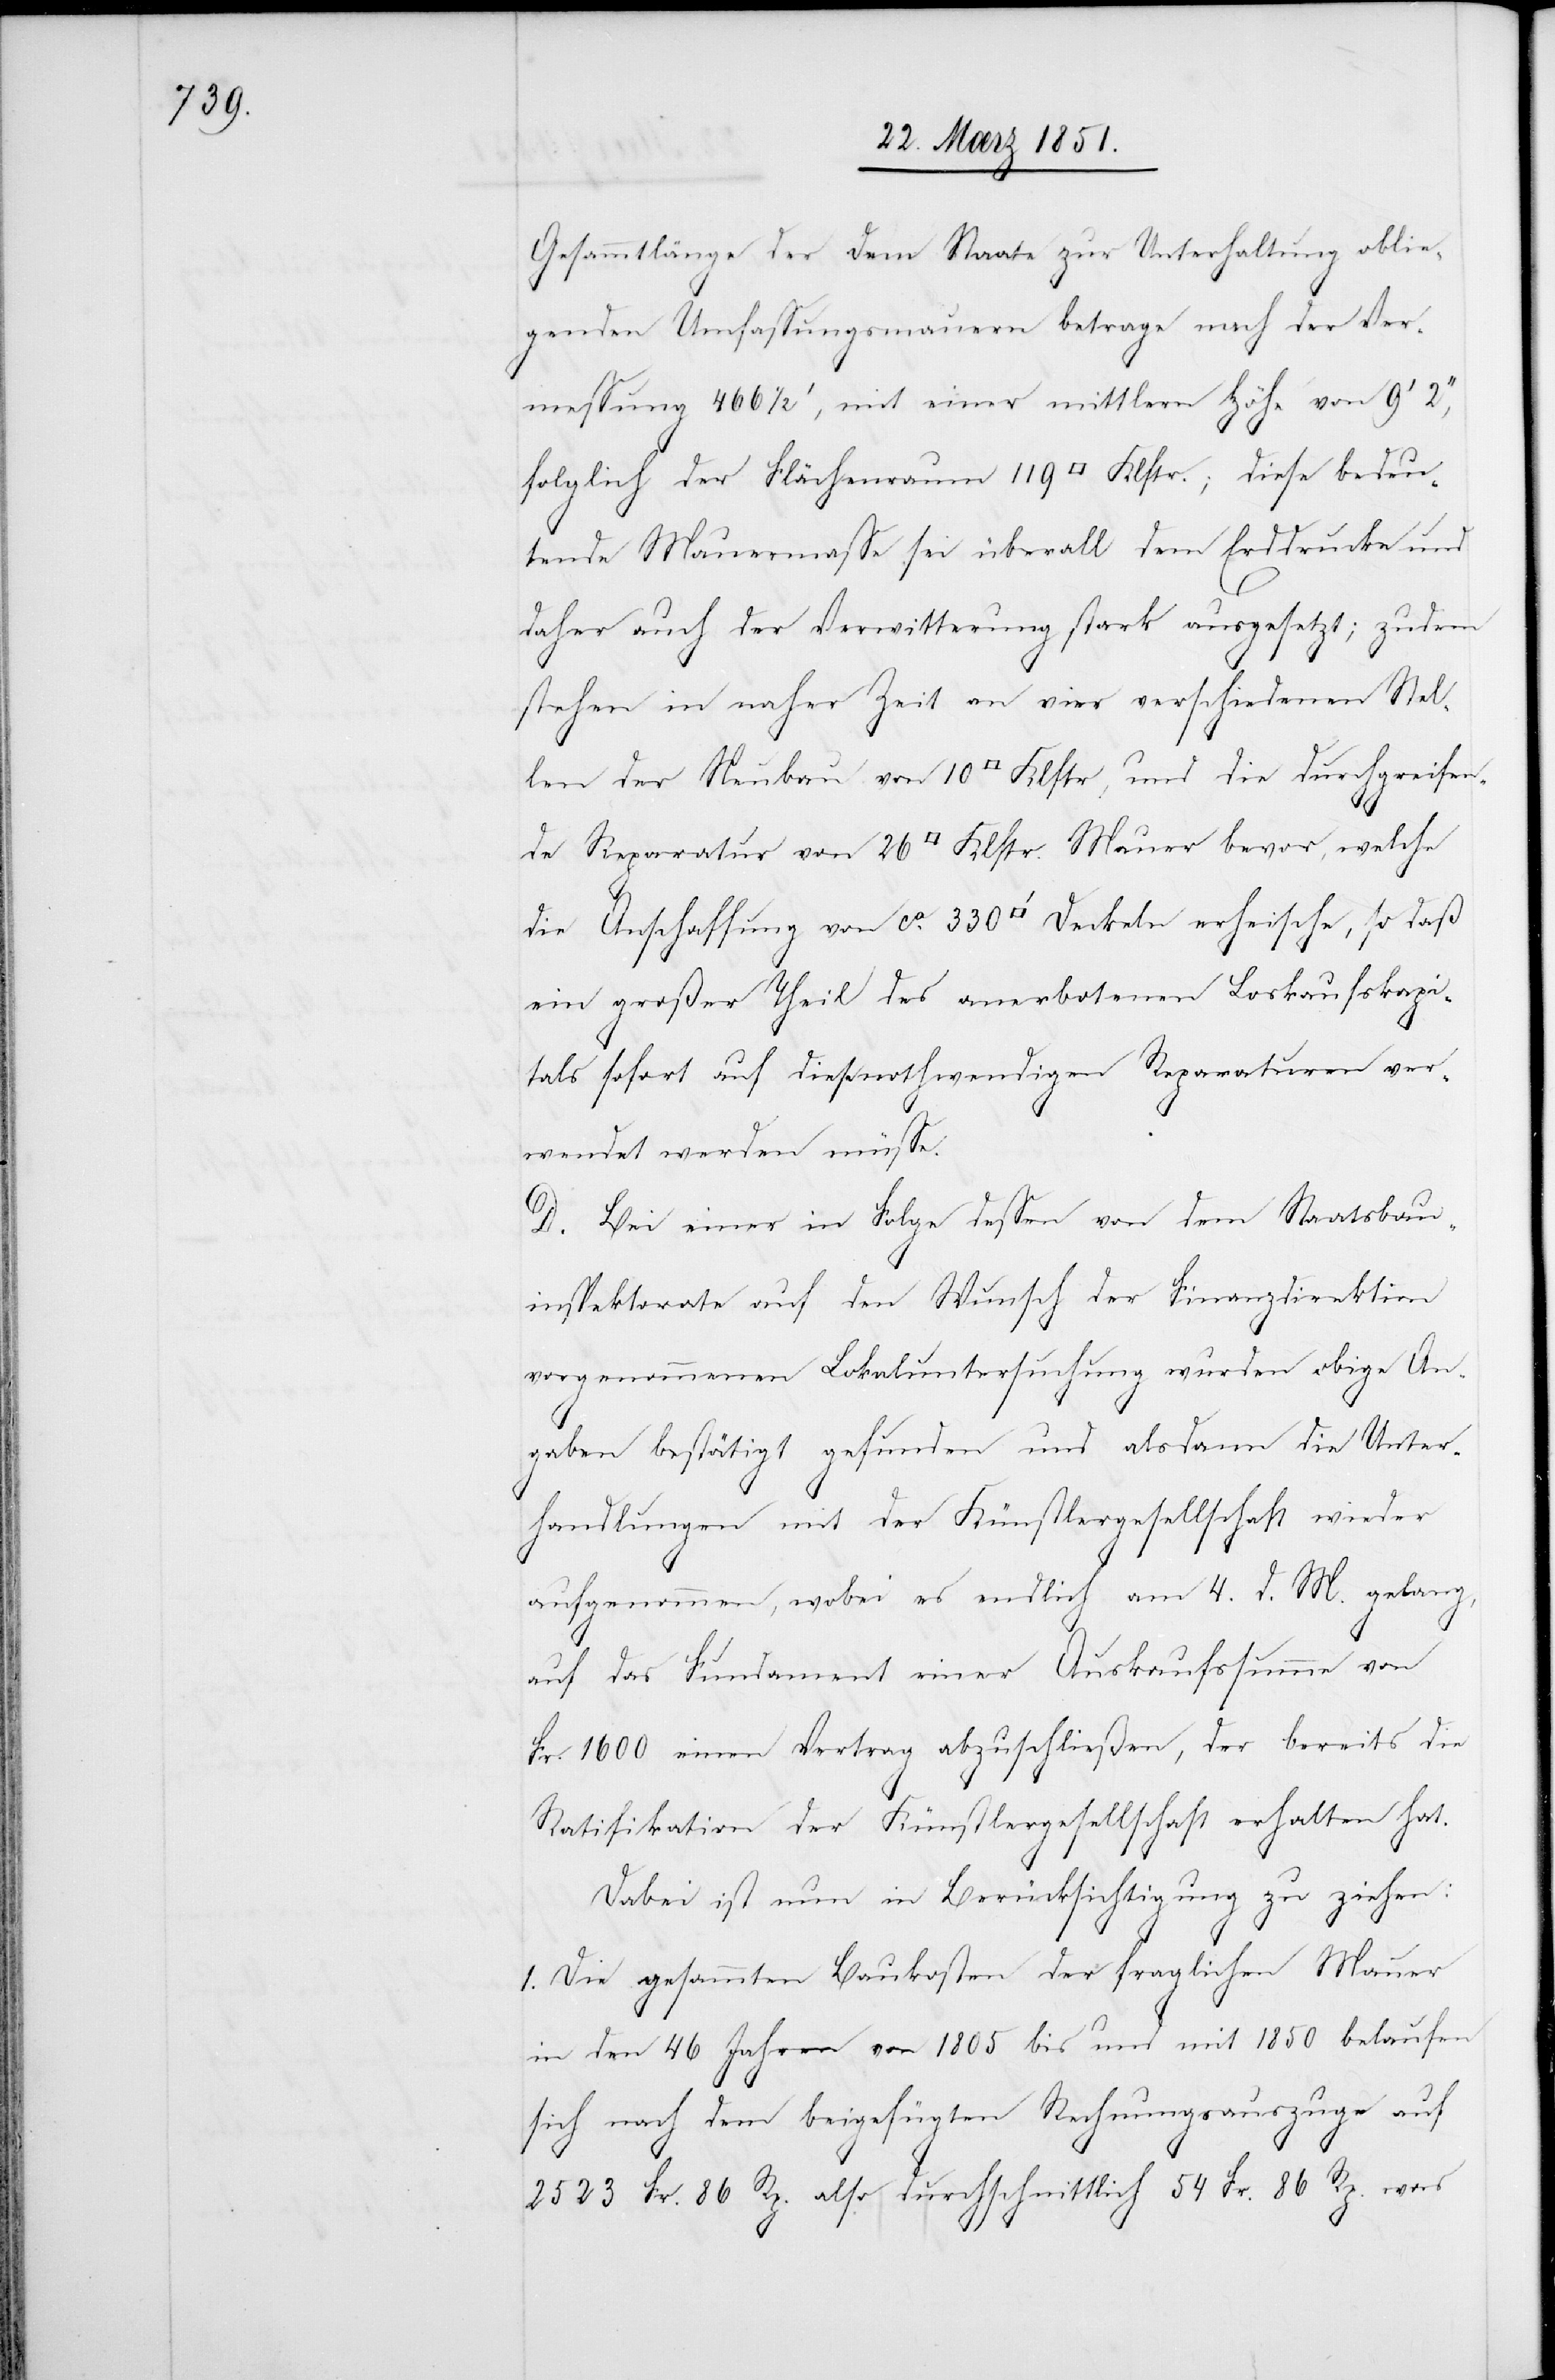
Gesammtlänge der dem Staate zur Unterhaltung oblie¬
genden Umfassungsmauern betrage nach der Ver¬
messung 466 1/2‘, mit einer mittlern Höhe von 9‘ 2‘‘,
folglich der Flächenraum 119 [Quadrat-] Klftr.; diese bedeu¬
tende Mauermasse sei überall dem Erddrucke und
daher auch der Verwitterung stark ausgesetzt; zudem
stehen in naher Zeit an vier verschiedenen Stel¬
len der Neubau von 10 [Quadrat-] Klftr, und die durchgreifen¬
de Reparatur von 26 [Quadrat-] Klftr. Mauer bevor, welche
die Anschaffung von ca. 330 [Quadratfuß] Deckeln erheische, so daß
ein großer Theil des anerbotenen Loskaufskapi¬
tals sofort auf diese nothwendigen Reparaturen ver¬
wendet werden müsse.
D. Bei einer in Folge dessen von dem Staatsbau¬
inspektorate auf den Wunsch der Finanzdirektion
vorgenommenen Lokaluntersuchung wurden obige An¬
gaben bestätigt gefunden und alsdann die Unter¬
handlungen mit der Künstlergesellschaft wieder
aufgenommen, wobei es endlich am 4. d. M. gelang,
auf das Fundament einer Auskaufssumme von
Fr. 1600 einen Vertrag abzuschließen, der bereits die
Ratifikation der Künstlergesellschaft erhalten hat.
Dabei ist nun in Berücksichtigung zu ziehen:
1. Die gesammten Baukosten der fraglichen Mauer
in den 46 Jahren von 1805 bis und mit 1850 belaufen
sich nach dem beigefügten Rechnungsauszuge auf
2523 Fr. 86 Rp. also durchschnittlich 54 Fr. 86 Rp. was